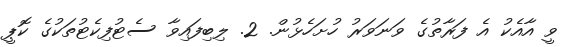
ވީ އާއެކު އެ ފަރާތުގެ ވަނަވަރު ހުށަހެޅުން. 2. ލިބިފައިވާ ސެޓުފިކެޓުތަކުގެ ކޮޕީ